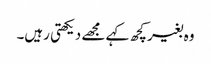
وہ بغیر کچھ کہے مجھے دیکھتی رہیں‌۔